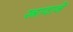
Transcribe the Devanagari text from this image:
स्त्रावाने